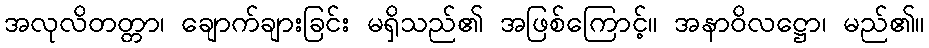
အလုလိတတ္တာ၊ ချောက်ချားခြင်း မရှိသည်၏ အဖြစ်ကြောင့်။ အနာဝိလဋ္ဌော၊ မည်၏။